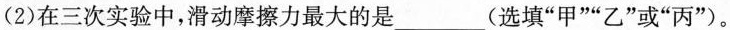
(2)在三次实验中，滑动摩擦力最大的是____(选填”甲””乙”或”丙”)。